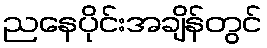
ညနေပိုင်းအချိန်တွင်